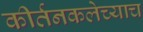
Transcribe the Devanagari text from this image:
कीर्तनकलेच्याच